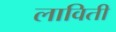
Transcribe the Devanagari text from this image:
लाविती